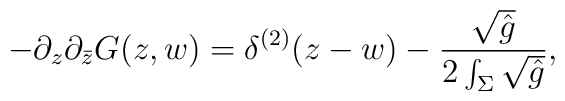
-\partial_z\partial_{\bar z}G(z,w)=\delta^{(2)}(z-w)-{\sqrt {\hat g}\over 2\int_\Sigma \sqrt {\hat g}},